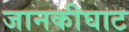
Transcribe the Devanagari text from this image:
जानकीघाट